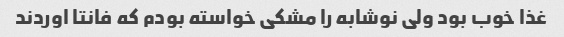
غذا خوب بود ولی نوشابه را مشکی خواسته بودم که فانتا اوردند